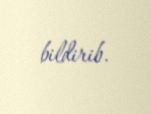
bildirib.